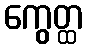
ကွေတ္ထ